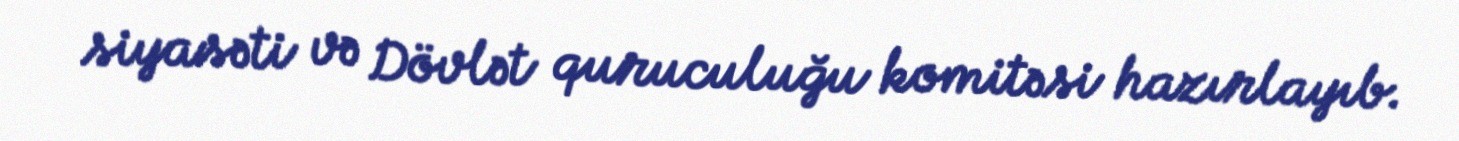
siyasəti və Dövlət quruculuğu komitəsi hazırlayıb.